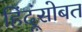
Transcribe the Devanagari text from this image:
हिंदूंसोबत